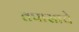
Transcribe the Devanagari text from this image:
तपासाचे